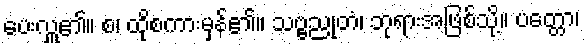
ပေးလှူ၏။ စ၊ ထိုစကားမှန်၏။ သဗ္ဗညုတံ၊ ဘုရားအဖြစ်သို့။ ပတ္တော၊